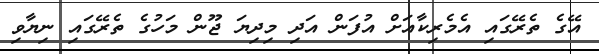
އޭގެ ތެރޭގައި އެމެރިކާއަށް އުފަން އަދި މިދިޔަ ޖޫން މަހުގެ ތެރޭގައި ނިޔާވި